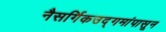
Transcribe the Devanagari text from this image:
नैसर्गिकउद्गमांपासून